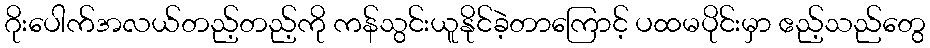
ဂိုးပေါက်အလယ်တည့်တည့်ကို ကန်သွင်းယူနိုင်ခဲ့တာကြောင့် ပထမပိုင်းမှာ ဧည့်သည်တွေ